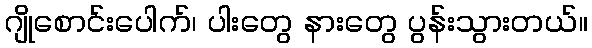
ဂျိုစောင်းပေါက်၊ ပါးတွေ နားတွေ ပွန်းသွားတယ်။